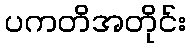
ပကတိအတိုင်း